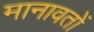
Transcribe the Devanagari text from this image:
मानावतों